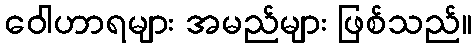
ဝေါဟာရများ အမည်များ ဖြစ်သည်။